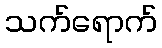
သက်ရောက်